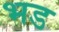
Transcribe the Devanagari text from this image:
भड